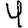
Digit: 4